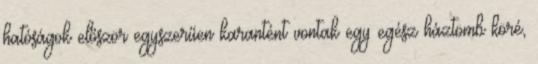
hatóságok először egyszerűen karantént vontak egy egész háztömb köré,